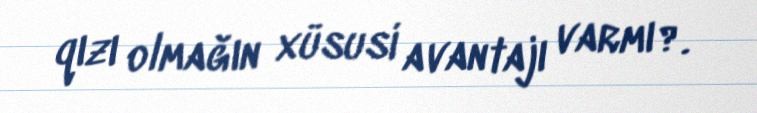
qızı olmağın xüsusi avantajı varmı?.